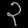
Digit: ၃